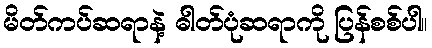
မိတ်ကပ်ဆရာနဲ့ ဓါတ်ပုံဆရာကို ပြန်စစ်ပါ။